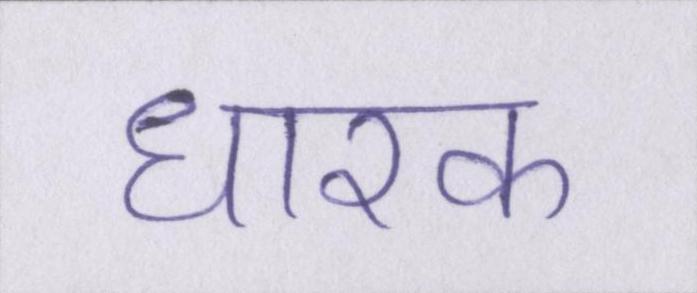
धारक